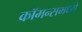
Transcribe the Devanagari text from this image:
कॉमन्समध्ये